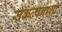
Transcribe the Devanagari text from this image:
संकल्पनाशी